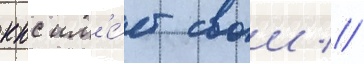
ккс им'е́ет свои //